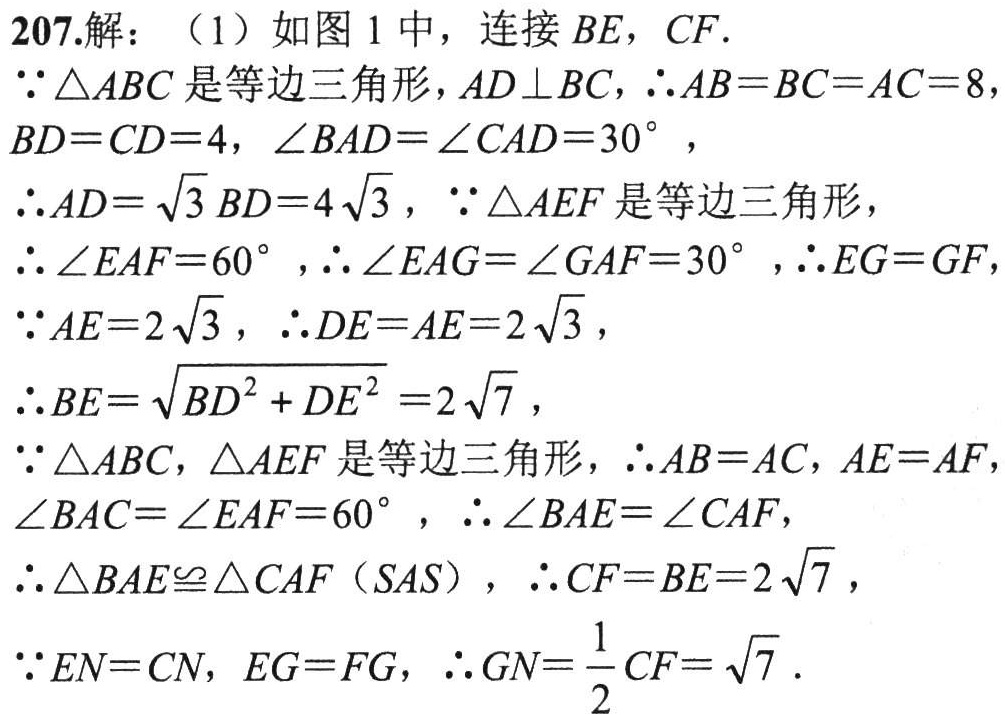
207.解：（1）如图 1 中，连接 \(BE\)，\(CF\).

\(\because\triangle ABC\) 是等边三角形，\(AD\perp BC\)，\(\therefore AB = BC = AC = 8\)，\(BD = CD = 4\)，\(\angle BAD=\angle CAD = 30^{\circ}\)，

\(\therefore AD=\sqrt{3}BD = 4\sqrt{3}\)，\(\because\triangle AEF\) 是等边三角形，

\(\therefore\angle EAF = 60^{\circ}\)，\(\therefore\angle EAG=\angle GAF = 30^{\circ}\)，\(\therefore EG = GF\)，

\(\because AE = 2\sqrt{3}\)，\(\therefore DE = AE = 2\sqrt{3}\)，

\(\therefore BE=\sqrt{BD^{2}+DE^{2}} = 2\sqrt{7}\)，

\(\because\triangle ABC\)，\(\triangle AEF\) 是等边三角形，\(\therefore AB = AC\)，\(AE = AF\)，\(\angle BAC=\angle EAF = 60^{\circ}\)，\(\therefore\angle BAE=\angle CAF\)，

\(\therefore\triangle BAE\cong\triangle CAF\)（\(SAS\)），\(\therefore CF = BE = 2\sqrt{7}\)，

\(\because EN = CN\)，\(EG = FG\)，\(\therefore GN=\frac{1}{2}CF=\sqrt{7}\).